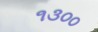
૧૩૦૦